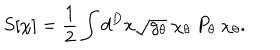
S [ \chi ] = { \frac { 1 } { 2 } } \int d ^ { D } x \sqrt { g _ { \theta } } \ \chi _ { \theta } \ P _ { \theta } \ \chi _ { \theta } .